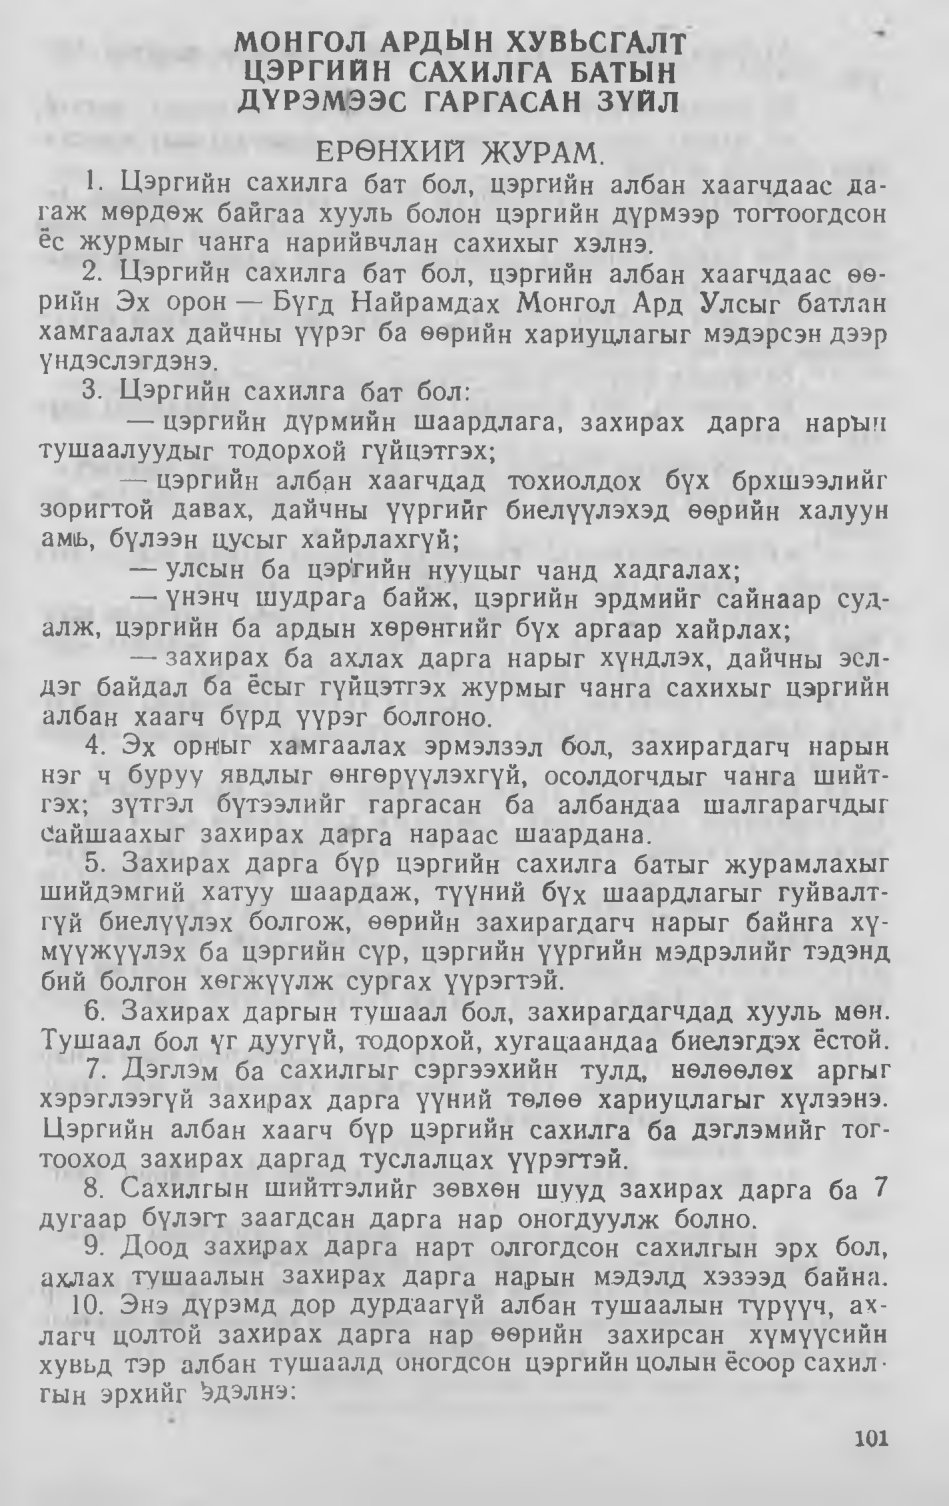
Language: mn